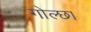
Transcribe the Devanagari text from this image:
गोल्छा